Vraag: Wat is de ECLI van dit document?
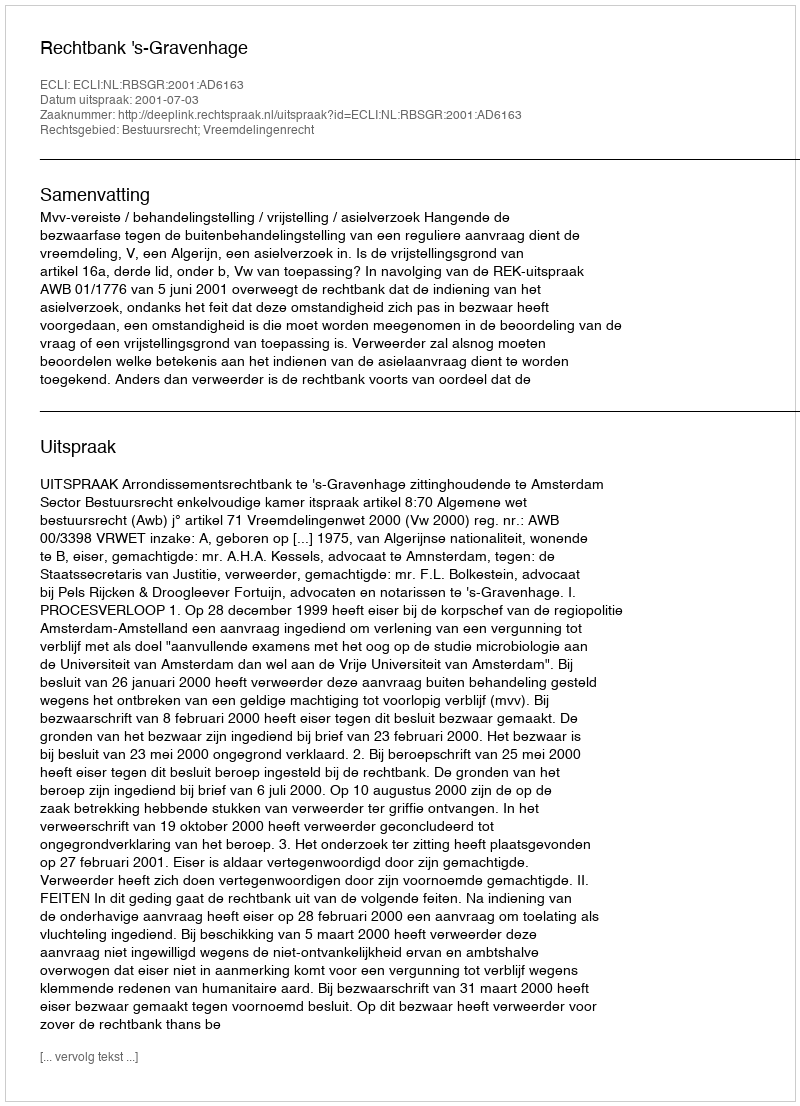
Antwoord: ECLI:NL:RBSGR:2001:AD6163